Annual report of the Imperial Bacteriologist
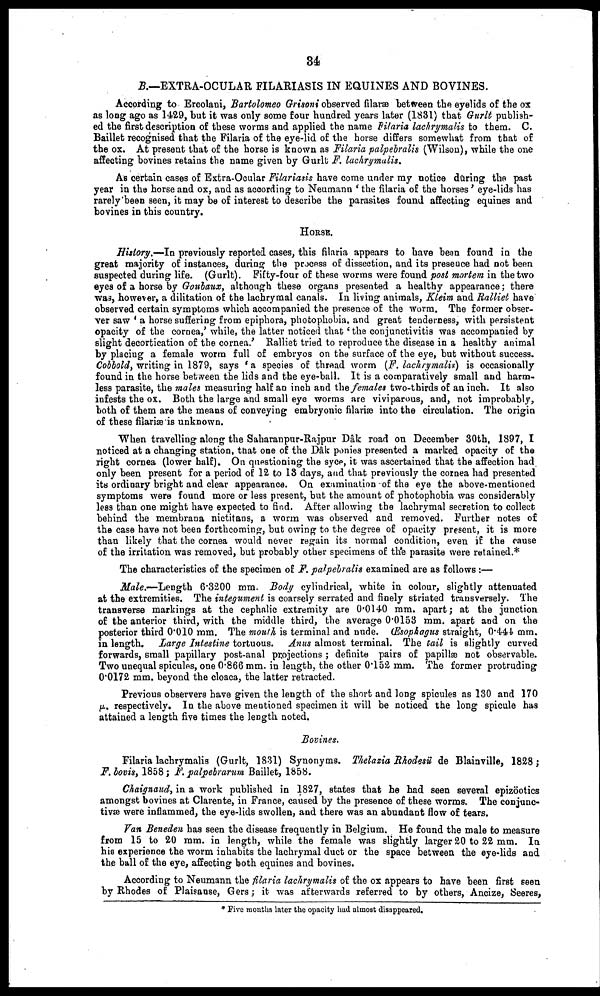
34
B.—EXTRA-OCULAR FILARIASIS IN EQUINES AND BOVINES.
According to Ercolani, Bartolomeo Grisoni observed filaræ between the eyelids of the ox
as long ago as 1429, but it was only some four hundred years later (1831) that Gurlt publish-
ed the first description of these worms and applied the name Filaria lachrymalis to them. C.
Baillet recognised that the Filaria of the eye-lid of the horse differs somewhat from that of
the ox. At present that of the horse is known as Filaria palpebralis (Wilson), while the one
affecting bovines retains the name given by Gurlt F. lachrymalis.
As certain cases of Extra-Ocular Filariasis have come under my notice during the past
year in the horse and ox, and as according to Neumann ' the filaria of the horses' eye-lids has
rarely been seen, it may be of interest to describe the parasites found affecting equines and
bovines in this country.
HORSE.
History.—In previously reported cases, this filaria appears to have been found in the
great majority of instances, during the process of dissection, and its presence had not been
suspected during life. (Gurlt). Fifty-four of these worms were found post mortem in the two
eyes of a horse by Goubaux, although these organs presented a healthy appearance; there
was, however, a dilitation of the lachrymal canals. In living animals, Kleim and Ralliet have
observed certain symptoms which accompanied the presence of the worm. The former obser-
ver saw ' a horse suffering from epiphora, photophobia, and great tenderness, with persistent
opacity of the cornea,' while, the latter noticed that' the conjunctivitis was accompanied by
slight decortication of the cornea.' Ralliet tried to reproduce the disease in a healthy animal
by placing a female worm full of embryos on the surface of the eye, but without success.
Cobbold, writing in 1879, says 'a species of thread worm (F. lachrymalis) is occasionally
found in the horse between the lids and the eye-ball. It is a comparatively small and harm-
less parasite, the males measuring half an inch and the females two-thirds of an inch. It also
infests the ox. Both the large and small eye worms are viviparous, and, not improbably,
both of them are the means of conveying embryonic filariæ into the circulation. The origin
of these filariæ is unknown.
When travelling along the Saharanpur-Rajpur Dâk road on December 30th, 1897, I
noticed at a changing station, that one of the Dâk ponies presented a marked opacity of the
right cornea (lower half). On questioning the syce, it was ascertained that the affection had
only been present for a period of 12 to 13 days, and that previously the cornea had presented
its ordinary bright and clear appearance. On examination of the eye the above-mentioned
symptoms were found more or less present, but the amount of photophobia was considerably
less than one might have expected to find. After allowing the lachrymal secretion to collect
behind the membrana nictitans, a worm was observed and removed. Further notes of
the case have not been forthcoming, but owing to the degree of opacity present, it is more
than likely that the cornea would never regain its normal condition, even if the cause
of the irritation was removed, but probably other specimens of the parasite were retained.*
The characteristics of the specimen of F. palpebralis examined are as follows:—
Male.—Length 6.3200 mm. Body cylindrical, white in colour, slightly attenuated
at the extremities. The integument is coarsely serrated and finely striated transversely. The
transverse markings at the cephalic extremity are 0.0140 mm. apart; at the junction
of the anterior third, with the middle third, the average 0.0153 mm. apart and on the
posterior third 0.010 mm. The mouth is terminal and nude. Œsophagus straight, 0.441 mm.
in length. Large Intestine tortuous. Anus almost terminal. The tail is slightly curved
forwards, small papillary post-anal projections ; definite pairs of papillæ not observable.
Two unequal spicules, one 0.866 mm. in length, the other 0.152 mm. The former protruding
0.0172 mm. beyond the cloaca, the latter retracted.
Previous observers have given the length of the short and long spicules as 130 and 170
Μ. respectively. In the above mentioned specimen it will be noticed the long spicule has
attained a length five times the length noted.
Bovines.
Filaria lachrymalis (Gurlt, 1831) Synonyms. Thelazia Rhodesü de Blainville, 1828;
F.bovis, 1858; F. palpebrarum Baillet, 1858.
Chaignaud, in a work published in 1827, states that he had seen several epizöotics
amongst bovines at Clarente, in France, caused by the presence of these worms. The conjunc-
tivæ were inflammed, the eye-lids swollen, and there was an abundant flow of tears.
Van Beneden has seen the disease frequently in Belgium. He found the male to measure
from 15 to 20 mm. in length, while the female was slightly larger 20 to 22 mm. In
his experience the worm inhabits the lachrymal duct or the space between the eye-lids and
the ball of the eye, affecting both equines and bovines.
According to Neumann the filaria lachrymalis of the ox appears to have been first seen
by Rhodes of Plaisanse, Gers; it was afterwards referred to by others, Ancize, Seeres,
*Five months later the opacity had almost disappeared.